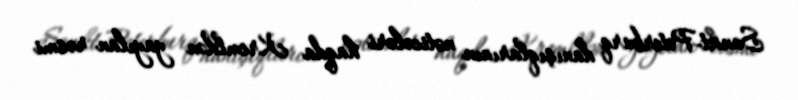
Sankt-Peterburq danışıqlarının nəticələri haqda Kremldən yayılan rəsmi